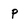
Character: P